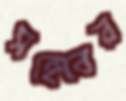
সহেবের